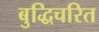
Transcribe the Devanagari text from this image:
बुद्धिचरित